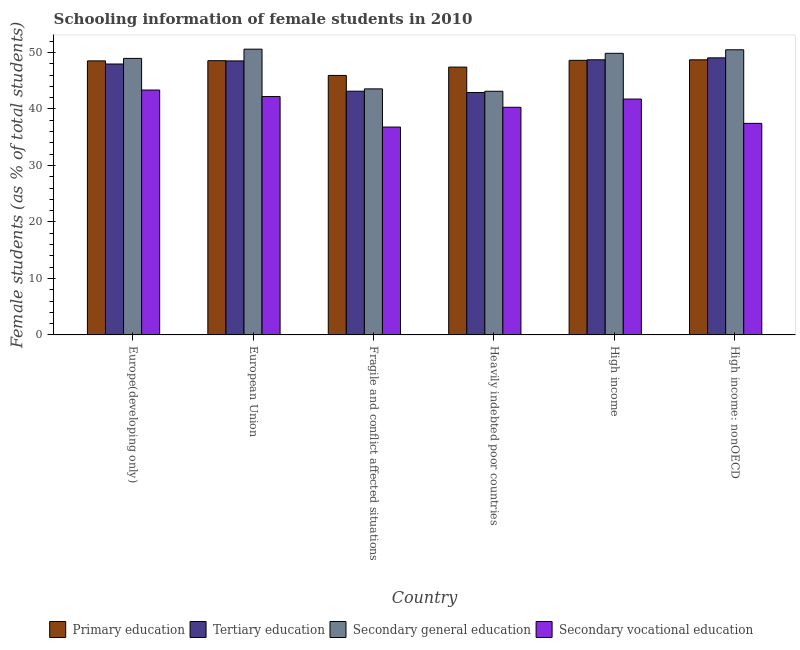
| Country | Primary education | Tertiary education | Secondary general education | Secondary vocational education |
 | --- | --- | --- | --- | --- |
 | Europe(developing only) | 48.5 | 48 | 48.9 | 43.3 |
 | European Union | 48.5 | 48.5 | 50.6 | 42.2 |
 | Fragile and conflict affected situations | 45.9 | 43.1 | 43.5 | 36.8 |
 | Heavily indebted poor countries | 47.4 | 42.9 | 43.1 | 40.3 |
 | High income | 48.6 | 48.7 | 49.8 | 41.7 |
 | High income: nonOECD | 48.7 | 49 | 50.5 | 37.4 |